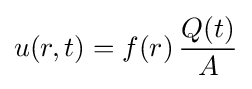
u(r,t)=f(r)\,{\frac {Q(t)}{A}}